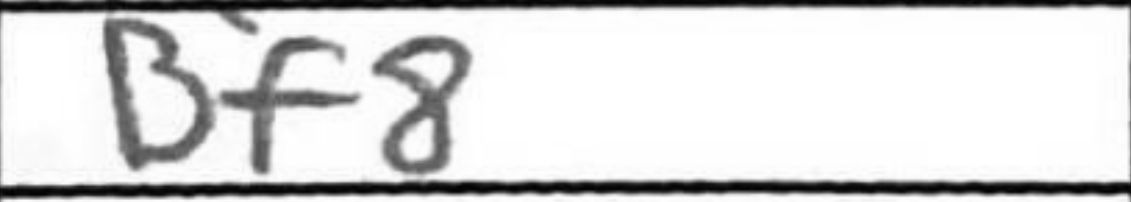
Transcription: Bf8